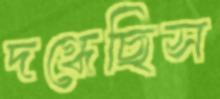
দগ্ধেছিস